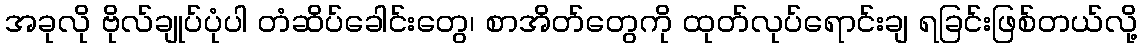
အခုလို ဗိုလ်ချုပ်ပုံပါ တံဆိပ်ခေါင်းတွေ၊ စာအိတ်တွေကို ထုတ်လုပ်ရောင်းချ ရခြင်းဖြစ်တယ်လို့